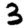
Digit: 3